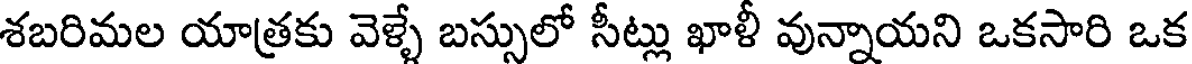
శబరిమల యాత్రకు వెళ్ళే బస్సులో సీట్లు ఖాళీ వున్నాయని ఒకసారి ఒక